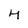
Character: 4